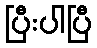
ပြီးပါပြီ